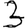
Digit: 3